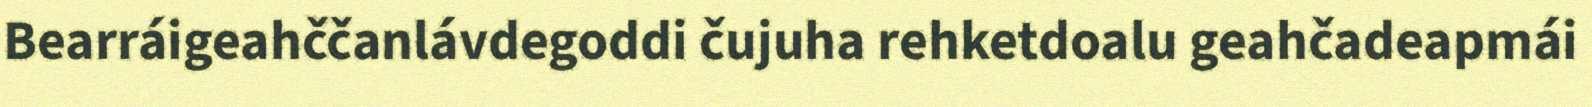
Bearráigeahččanlávdegoddi čujuha rehketdoalu geahčadeapmái